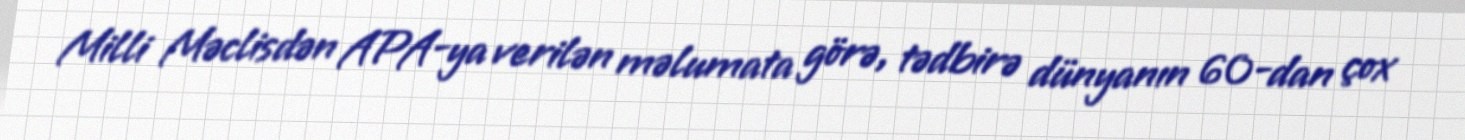
Milli Məclisdən APA-ya verilən məlumata görə, tədbirə dünyanın 60-dan çox